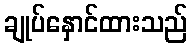
ချုပ်နှောင်ထားသည်